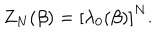
Z _ { N } ( \beta ) = \left[ \lambda _ { 0 } ( \beta ) \right] ^ { N } .